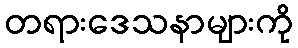
တရားဒေသနာများကို